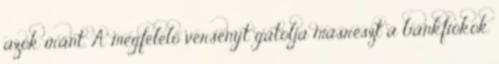
azok iránt. A megfelelő versenyt gátolja másrészt a bankfiókok